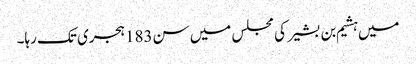
میں ہشیم بن بشیر کی مجلس میں سن183ہجری تک رہا۔